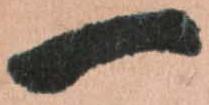
一